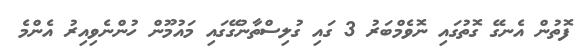
ފޮތުން އެނގޭ ގޮތުގައި ނޮވެމްބަރު 3 ގައި ގުލިސްތާނުގޭގައި މައުމޫން ހުންނެވިއިރު އެންމެ